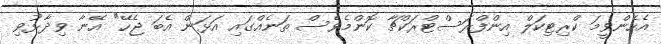
އެހެންވީމަ ކްރިޓިކަލް އިންފްރަސްޓްރަކްޗާ ކޮންމެވެސް ތަނެއްގައި އަޅަން އެބަ ޖެހޭ" އޭނާ ވިދާޅުވި